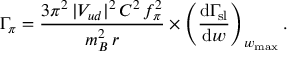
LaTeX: \Gamma _ { \pi } = { \frac { 3 \pi ^ { 2 } \, | V _ { u d } | ^ { 2 } \, C ^ { 2 } \, f _ { \pi } ^ { 2 } } { m _ { B } ^ { 2 } \, r } } \times \left( { \frac { \mathrm { d } \Gamma _ { \mathrm { s l } } } { \mathrm { d } w } } \right) _ { w _ { \mathrm { m a x } } } .